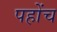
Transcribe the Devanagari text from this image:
पहोंच